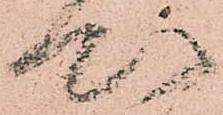
心